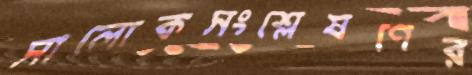
সালোকসংশ্লেষণের